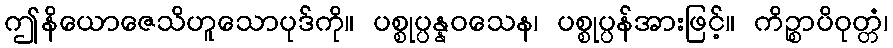
ဤနိယောဇေသိဟူသောပုဒ်ကို။ ပစ္စုပ္ပန္နဝသေန၊ ပစ္စုပ္ပန်အားဖြင့်။ ကိဉ္စာပိဝုတ္တံ၊